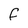
Character: F